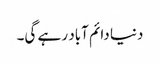
دنیا دائم آباد رہے گی۔